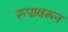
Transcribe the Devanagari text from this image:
रूपावरून